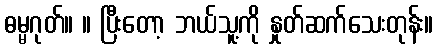
ဓမ္မဂုတ်။ ။ ပြီးတော့ ဘယ်သူ့ကို နှုတ်ဆက်သေးတုန်း။